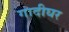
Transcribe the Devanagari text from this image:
गादीघर